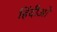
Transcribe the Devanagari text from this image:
हिंदीओ